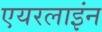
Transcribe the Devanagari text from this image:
एयरलाइंन